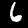
Label: 6